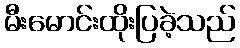
မီးမောင်းထိုးပြခဲ့သည်